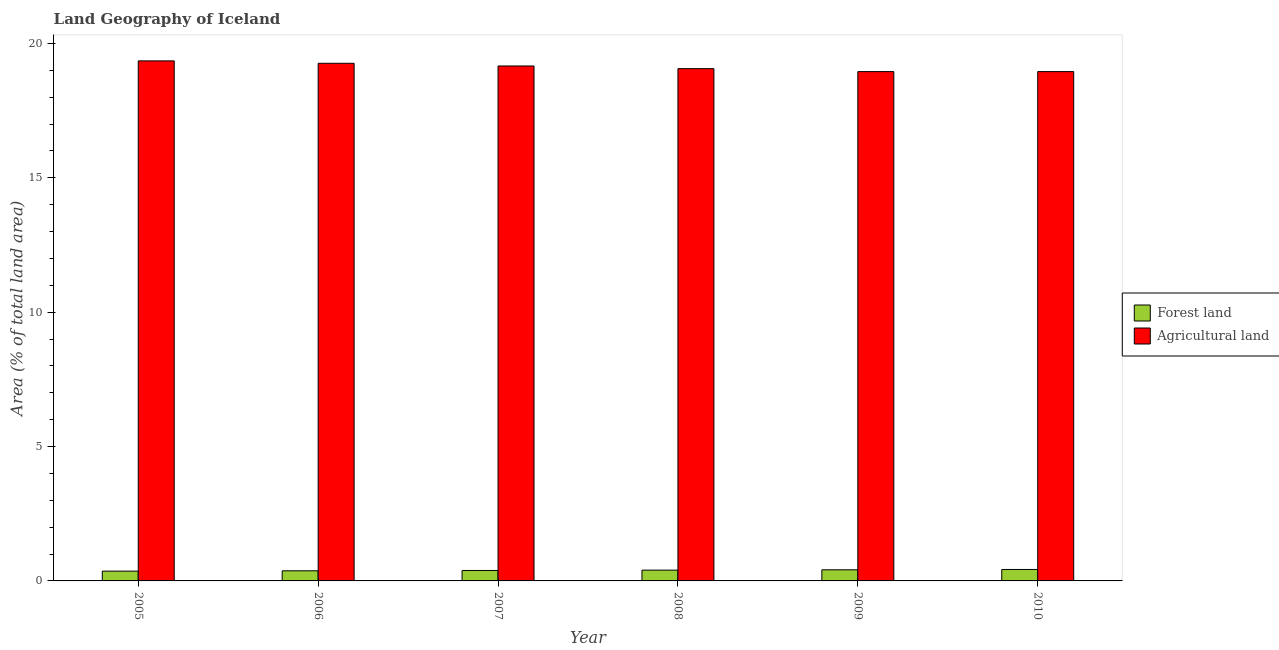
| Year | Forest land | Agricultural land |
 | --- | --- | --- |
 | 2005 | 0.364 | 19.4 |
 | 2006 | 0.376 | 19.3 |
 | 2007 | 0.389 | 19.2 |
 | 2008 | 0.401 | 19.1 |
 | 2009 | 0.414 | 19 |
 | 2010 | 0.426 | 19 |